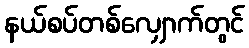
နယ်စပ်တစ်လျှောက်တွင်